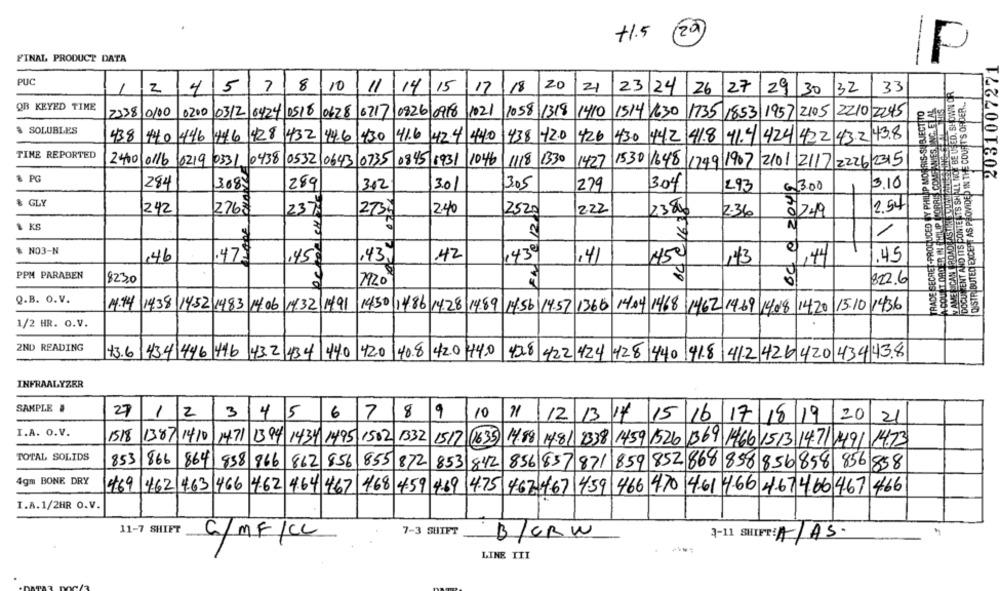
+1.5
20
FINAL PRODUCT DATA
F
2031007271
PUC
2
5
8
10
11
15
17
18
20
21
23
27
DOCUMENT AND ITS CONTE ITS SHALL NOT BE USED, SHOWN OR
4
7
14
24
26
29 30
132
33
DISTRIBUTED EXCEPT AS PROVIDED IN THE COURT'S ORDER ..
QB KEYED TIME
TRADE SECRET-PRODUCED BY PHILIP MORRIS-SUBJECT TO
HILIP CORAIS COM ]WNIES INC. ET AL
2338/0100
0200
1058
1318
0312 6424 0518
0628 6717
0826/0918
/1021
1410
1514 1630
1735
1853 1957 2105
2210/245
& SOLUBLES
428
41.6
438
140 446
446
1432
44.6
430
42.4 440
438 42.0
1426
430 442 418
11.4 424 422 43.2 43.8
TINE REPORTED
2400/0/16
10219
0331. 0438 0532/0643 0735
0845/ 1931
1046
118 1330
1427
1530 1648
1749 1907 2101 2117 2226 2315
64 0 2049
& PG
284
3.685
289
302
3.0
3.05
279
304
293
€ 300
3.10
V
& GLY
242
2768
237
2734
2.40
2520
222
2384
2.36
2.54
12
1 KS
N
1
A-COURT ORDER IN
NO3-N
146
.475
,45%
,43,
42
1430
,41
.45
143
PPM PARABEN
$230
7920
$22.6
Q.B. O.V.
1:14 14.38 14.52 1983 14.06
14/32/14/91
14.04 1468
1436
1450 14.86 14.28 14.89 14:56 14.57 1366
1462 1469 1408 14,20 15.10
.
1/2 HR. O.V.
2ND READING
+3.6 434 446 446 432 434 440
420
40.8
42.0 44,0
428
422 424 428 440 41.8 412 426 420 43443.8
INFRAALYZER
SAMPLE .
2
8
9
27
1
3
45
6
7
10
12/13/14
15
16 17 18 19
20
21
I.A. O.V.
1518
1387 1410
14.71 1394 1434 1495 1502 1332 1517
(1635)
14.88/14.81 2338 1459 1526 1369 1466 15 13 14.71 1491 14.73
TOTAL SOLIDS
864
853
866
838
866
862 856
855 872 853
842
856 857 871
859 852 868 858 856 858 856 858
4gm BONE DRY
469 462 4.63 466
4.62 4.64 467
4.68 4.59 4.69 4.75 467 467 4:59 466 470
14.61 4-66 467466 467 466
I.A.1/2HR O.V.
11-7 SHIFT
7-3 SHIFT
C/MF/CL
B/CBW
3-11 SHIFT: 4/AS.
LINE TII